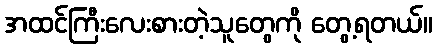
အထင်ကြီးလေးစားတဲ့သူတွေကို တွေ့ရတယ်။